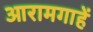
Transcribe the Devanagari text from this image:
आरामगाहें